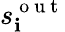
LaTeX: s_{\mathbf{i}}^{\mathrm{{~o~u~t~}}}